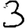
Digit: 3